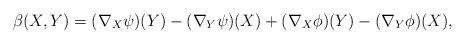
LaTeX: \begin{align*}\beta(X, Y)=(\nabla_{X}\psi)(Y)-(\nabla_{Y}\psi)(X)+(\nabla_{X}\phi)(Y)-(\nabla_{Y}\phi)(X),\end{align*}